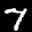
Label: 7